Malaria in the Duars
Disease focus: Malaria
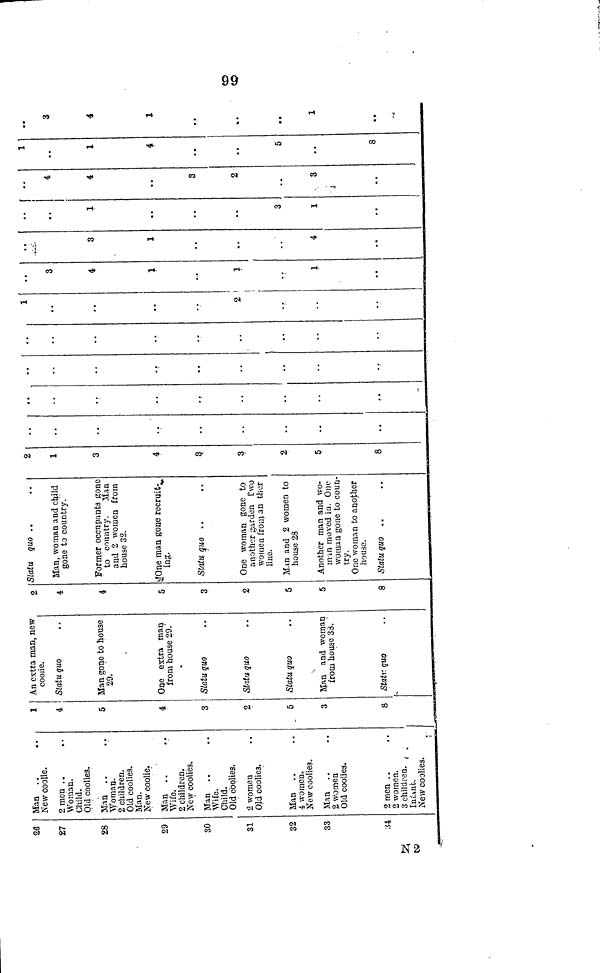
99
26
27
28
29
30
31
32
33
,54
Man . .
. .
New coolie.
2 men
Woman.
Child.
Old coolie3.
Man . .
Woman.
2 children.
Old coolies.
Man.
New coolie.
Man
Wife.
2 children.
New coolies.
Man
Wife.
Child.
Old coolies.
2 women
Old coolies.
Man . .
4 women.
New coolies.
Man
2 women
Old coolies.
2 men . .
2 women.
3 children.
Infant.
New coolies.
1
4
5
4
3
2
5
3
8
An extra man, new
coolie.
Statu quo
Man gone to house
29. '
One extra man
from house 29.
Statu quo
Statu quo
Statu quo
Man and woman
from house 33.
Statu, qua
2
4
4
5
3
2
5
5
8
Statu quo ..
Man, woman and child
gone to country.'
Former occupants gone
to country. Man
and 2 women from
house 32.
One man gone recruit-
ing,
Statu quo
One woman gone to
another garden Two
women from an ther
line.
Man and 2 women to
house 28
Another man and wo-
men in moved in. One
woman gone to coun-
try.
One woman to another
house.
Statu quo ..
2
1
3
4
3.
3
2
5
8
..
..
..
1
2
3
4
1
1
1
3
1
..
4
..
. .
1
..
3
1
]
4
|
|
4
3
2
..
3
1
1
4
..
5
8
3
4
1
. .
..
1
N 2